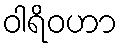
ဝါရိဝဟာ